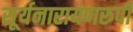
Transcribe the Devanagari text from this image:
सूर्यनारायणरुपी